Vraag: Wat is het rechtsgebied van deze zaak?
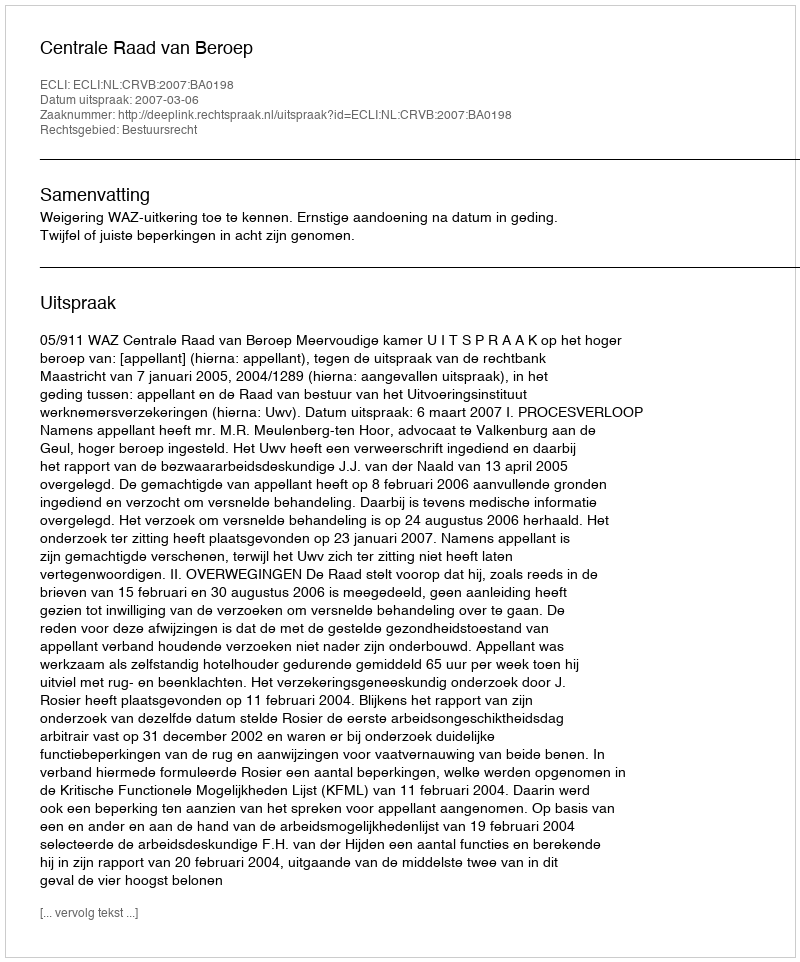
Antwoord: Bestuursrecht